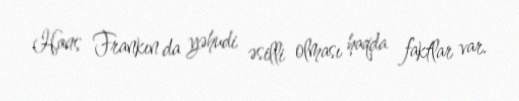
Hans Frankın da yəhudi əsilli olması haqda faktlar var.